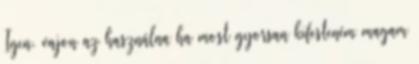
Igen. vajon az használna ha most gyorsan kifesteném magam